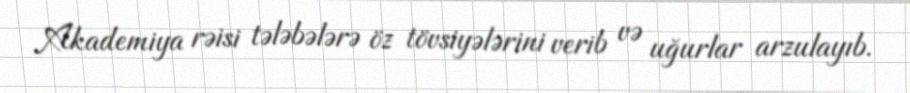
Akademiya rəisi tələbələrə öz tövsiyələrini verib və uğurlar arzulayıb.